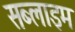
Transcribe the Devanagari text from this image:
सब्लाइम